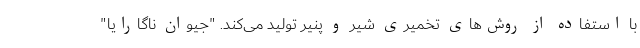
با استفاده از روش‌های تخمیری شیر و پنیر تولید می‌کند. "جیوان ناگارایا"